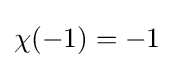
\chi (-1)=-1